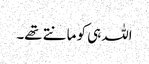
اللہ ہی کو مانتے تھے۔